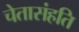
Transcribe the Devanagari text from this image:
चेतासंहति